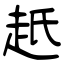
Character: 赿